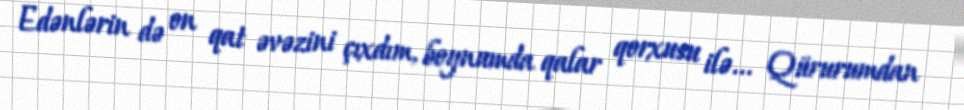
Edənlərin də on qat əvəzini çıxdım, boynumda qalar qorxusu ilə... Qürurumdan